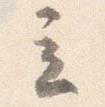
立